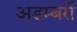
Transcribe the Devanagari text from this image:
अडम्बरों